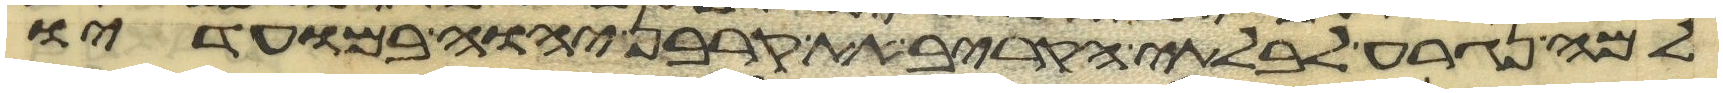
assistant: למה נגרע לבלתי הקריב את קרבן יהוה במועדיו